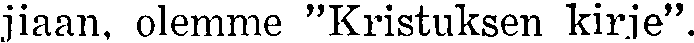
jiaan, olemme ''Kristuksen kirje''.